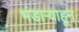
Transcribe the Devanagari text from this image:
भंडार्‍याहून